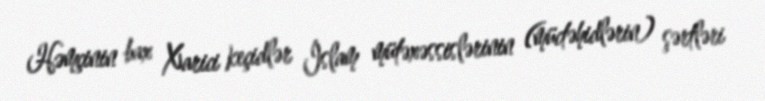
Həmçinin bax Xarici keçidlər İslam mütəxəssislərinin (müctəhidlərin) şərtləri